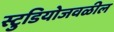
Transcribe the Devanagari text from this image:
स्टुडियोजवळील